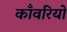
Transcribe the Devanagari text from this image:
काँवरियों